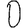
Digit: 0